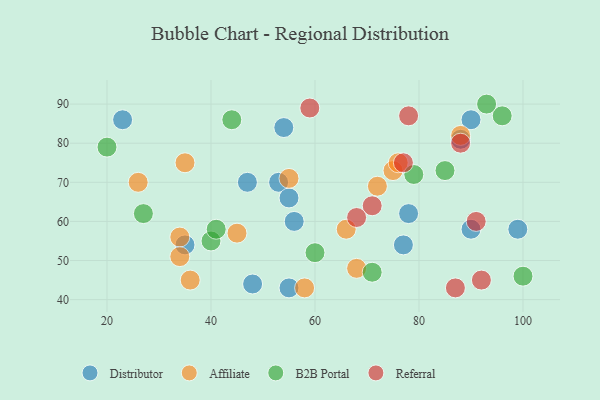
{"axis": {"x": "GDP", "y": "Life Expectancy"}, "legend": ["Affiliate", "B2B Portal", "Distributor", "Referral"], "data": [{"x": "99", "y": 58, "type": "Distributor"}, {"x": "77", "y": 54, "type": "Distributor"}, {"x": "47", "y": 70, "type": "Distributor"}, {"x": "88", "y": 81, "type": "Distributor"}, {"x": "35", "y": 54, "type": "Distributor"}, {"x": "78", "y": 62, "type": "Distributor"}, {"x": "54", "y": 84, "type": "Distributor"}, {"x": "53", "y": 70, "type": "Distributor"}, {"x": "55", "y": 66, "type": "Distributor"}, {"x": "56", "y": 60, "type": "Distributor"}, {"x": "90", "y": 58, "type": "Distributor"}, {"x": "23", "y": 86, "type": "Distributor"}, {"x": "55", "y": 43, "type": "Distributor"}, {"x": "90", "y": 86, "type": "Distributor"}, {"x": "48", "y": 44, "type": "Distributor"}, {"x": "34", "y": 56, "type": "Affiliate"}, {"x": "36", "y": 45, "type": "Affiliate"}, {"x": "75", "y": 73, "type": "Affiliate"}, {"x": "72", "y": 69, "type": "Affiliate"}, {"x": "76", "y": 75, "type": "Affiliate"}, {"x": "55", "y": 71, "type": "Affiliate"}, {"x": "26", "y": 70, "type": "Affiliate"}, {"x": "34", "y": 51, "type": "Affiliate"}, {"x": "35", "y": 75, "type": "Affiliate"}, {"x": "66", "y": 58, "type": "Affiliate"}, {"x": "68", "y": 48, "type": "Affiliate"}, {"x": "45", "y": 57, "type": "Affiliate"}, {"x": "58", "y": 43, "type": "Affiliate"}, {"x": "88", "y": 82, "type": "Affiliate"}, {"x": "40", "y": 55, "type": "B2B Portal"}, {"x": "20", "y": 79, "type": "B2B Portal"}, {"x": "96", "y": 87, "type": "B2B Portal"}, {"x": "41", "y": 58, "type": "B2B Portal"}, {"x": "85", "y": 73, "type": "B2B Portal"}, {"x": "100", "y": 46, "type": "B2B Portal"}, {"x": "44", "y": 86, "type": "B2B Portal"}, {"x": "71", "y": 47, "type": "B2B Portal"}, {"x": "93", "y": 90, "type": "B2B Portal"}, {"x": "27", "y": 62, "type": "B2B Portal"}, {"x": "79", "y": 72, "type": "B2B Portal"}, {"x": "60", "y": 52, "type": "B2B Portal"}, {"x": "87", "y": 43, "type": "Referral"}, {"x": "78", "y": 87, "type": "Referral"}, {"x": "71", "y": 64, "type": "Referral"}, {"x": "77", "y": 75, "type": "Referral"}, {"x": "88", "y": 80, "type": "Referral"}, {"x": "92", "y": 45, "type": "Referral"}, {"x": "59", "y": 89, "type": "Referral"}, {"x": "91", "y": 60, "type": "Referral"}, {"x": "68", "y": 61, "type": "Referral"}]}